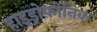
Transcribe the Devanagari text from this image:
हाइड्रोफ़ोनिक